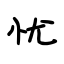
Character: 忧